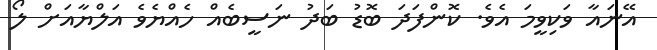
އޭނައާ ވަކިވީމަ އެވެ. ކޮންފަދަ ބޮޑު ބަދު ނަސީބެއް ހެއްޔެވެ އަލްޔާއަށް ލޯ